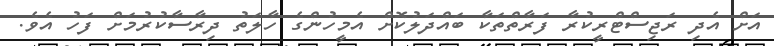
އަށް އެދި ރަޖިސްޓްރީކުރާ ފަރާތްތަކާ ބައްދަލުކޮށް އެމީހުންގެ ހާލަތު ދިރާސާކުރުމަށް ފަހު އެވެ.